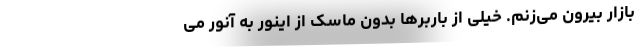
بازار بیرون می‌زنم. خیلی از باربرها بدون ماسک از اینور به آنور می